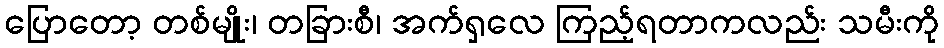
ပြောတော့ တစ်မျိုး၊ တခြားစီ၊ အက်ရှလေ ကြည့်ရတာကလည်း သမီးကို